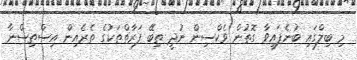
މި ބިލްގައި ބުނެފައިވާ ގޮތުން ވެކްސިން ނުދީ ތިބޭ ފަރާތްތަކުގެ ތެރެއިން އިސްތިސްނާ